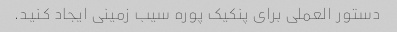
دستور العملی برای پنکیک پوره سیب زمینی ایجاد کنید.